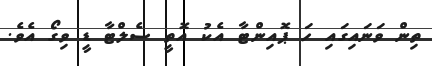
ތިން ވަނައިގައި ހަ ޕޮއިންޓާ އެކު އޮތީ ސެލްޓާ ޑީ ވިގޯ އެވެ.